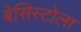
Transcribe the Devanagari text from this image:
बेसिस्टोला